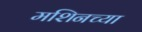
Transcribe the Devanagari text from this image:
मशिनच्या